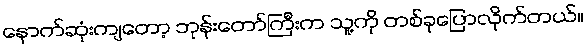
နောက်ဆုံးကျတော့ ဘုန်းတော်ကြီးက သူ့ကို တစ်ခုပြောလိုက်တယ်။